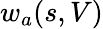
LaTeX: w_{a}(s,V)